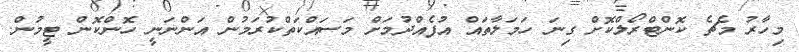
މިހާރު މެޗެ ކޮންޓްރޯލްކޮށް ގިނަ ހަމަލާތައް އުފެއްދުމަށް މަސައްކަތްކުރަމުން އަންނަނީ ހޮންކޮން ޓީމުން.